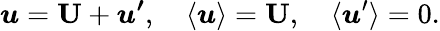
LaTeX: \boldsymbol{u}=\boldsymbol{\mathrm{U}}+\boldsymbol{u^{\prime}},\quad\langle\boldsymbol{u}\rangle=\boldsymbol{\mathrm{U}},\quad\langle\boldsymbol{u}^{\prime}\rangle=0.